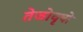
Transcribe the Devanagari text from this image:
तेजोवृषो